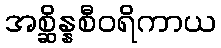
အစ္ဆိန္နစီဝရိကာယ